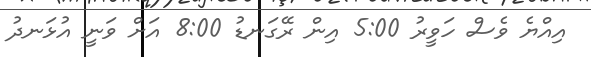
އިއްޔެ ވެސް ހަވީރު 5:00 އިން ރޭގަނޑު 8:00 އަށް ވަނީ އުޅަނދު